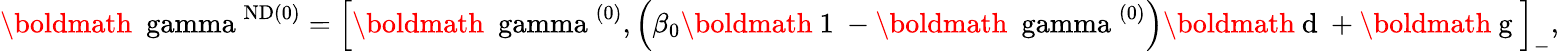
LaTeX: \mathrm{\boldmath{~\ gamma~}}^{\mathrm{ND}(0)}=\left[\mathrm{\boldmath{~\ gamma~}}^{(0)},\left(\beta_{0}\mathrm{\boldmath{~1~}}-\mathrm{\boldmath{~\ gamma~}}^{(0)}\right)\mathrm{\boldmath{~d~}}+\mathrm{\boldmath{~g~}}\right]_{-},